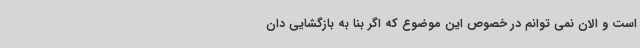
است و الان نمی توانم در خصوص این موضوع که اگر بنا به بازگشایی دان